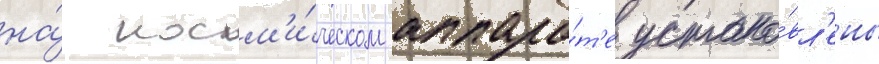
на́ косм'и́ческом аппара́т'е устано́вл'ены